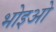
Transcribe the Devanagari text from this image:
भोइओ